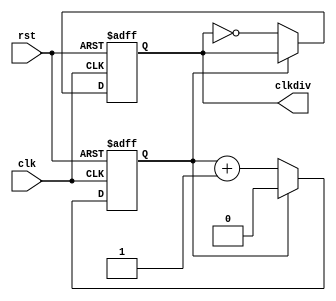
`timescale 1ns / 1ps
//////////////////////////////////////////////////////////////////////////////////
// Company: 
// Engineer: 
// 
// Design Name: 
// Module Name:    count2bit 
// Project Name: 
// Target Devices: 
// Tool versions: 
// Description: 
//
// Dependencies: 
//
// Revision: 
// Revision 0.01 - File Created
// Additional Comments: 
//
//////////////////////////////////////////////////////////////////////////////////
module count2bit(
    input clk,
	 input rst, 
    output reg clkdiv
    );

reg out;

always @ (posedge clk or posedge rst) 
begin
	if (rst)
		out<= 0;
	else if(out == 1'b0)
		out<= out+1'b1;
		else out<=0;
end

always @ (posedge clk or posedge rst)
begin
	if (rst) 
		clkdiv <= 0; 
	else 
	clkdiv <=(out == 1'b0) ? ~clkdiv : clkdiv;
end


endmodule